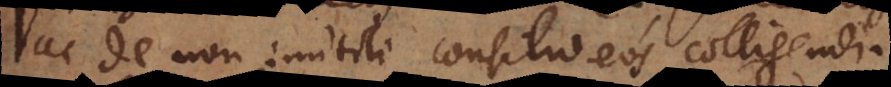
ac de non inutili consilio eos colligendi.